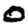
Digit: 0